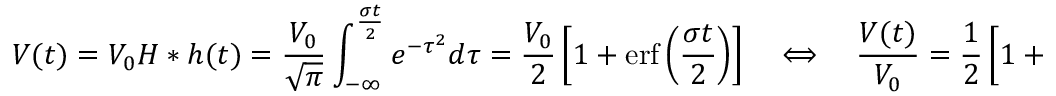
V ( t ) = V _ { 0 } { H * h } ( t ) = { \frac { V _ { 0 } } { \sqrt { \pi } } } \int _ { - \infty } ^ { \frac { \sigma t } { 2 } } e ^ { - \tau ^ { 2 } } d \tau = { \frac { V _ { 0 } } { 2 } } \left[ 1 + \mathrm { e r f } \left( { \frac { \sigma t } { 2 } } \right) \right] \quad \Longleftrightarrow \quad { \frac { V ( t ) } { V _ { 0 } } } = { \frac { 1 } { 2 } } \left[ 1 + \mathrm { e r f } \left( { \frac { \sigma t } { 2 } } \right) \right] .